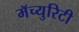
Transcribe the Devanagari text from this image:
मॅच्युरिटी